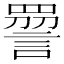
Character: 𧪔